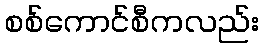
စစ်ကောင်စီကလည်း